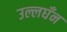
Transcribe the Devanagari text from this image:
उल्लघँन